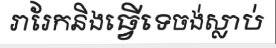
រារែកនិងធ្វើទេចង់ស្លាប់